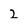
Character: 2